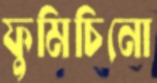
ফুমিচিনো